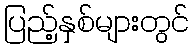
ပြည့်နှစ်များတွင်